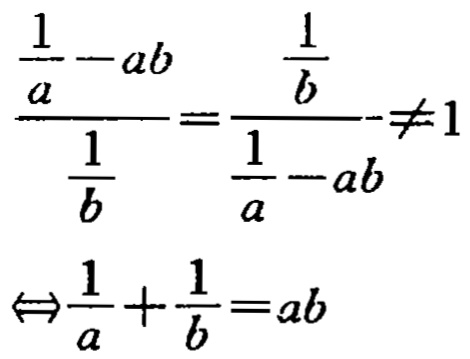
\[\frac{\frac{1}{a}-ab}{\frac{1}{b}}=\frac{\frac{1}{b}}{\frac{1}{a}-ab}\neq1\Leftrightarrow\frac{1}{a}+\frac{1}{b}=ab\]